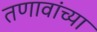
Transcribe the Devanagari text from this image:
तणावांच्या